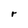
Character: r